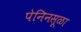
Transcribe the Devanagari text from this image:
पेनिनसूळा